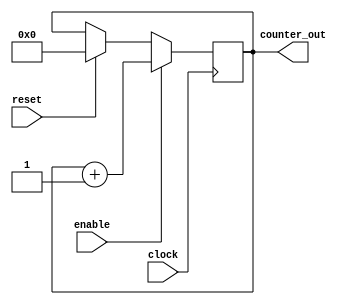
// This is a 4-bits up-counter with synchronous active high reset and active
// high enable signal.

module four_bit_counter(
    clock, 
    reset, // active high, synchronous Reset
    enable, // active high, enable signal
    counter_out // 4-bit vector output
);

// Input ports

input clock;
input reset;
input enable;

// Output ports
output [3:0] counter_out;

// Input ports data type (wires)
wire clock;
wire reset;
wire enable;

// Output port data type (storage element)
reg [3:0] counter_out;

// Trigger the block below on a positive edge of the clock
always @ (posedge clock)
begin: COUNTER

    // If reset is active, we load counter_out with 4'b0000
    if (reset == 1'b1) begin
        counter_out <= #1 4'b0000;
    end

    // If enable is active, we increment the counter
    if (enable == 1'b1) begin
        counter_out <= #1 counter_out + 1;
    end

end

endmodule